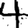
Digit: 4